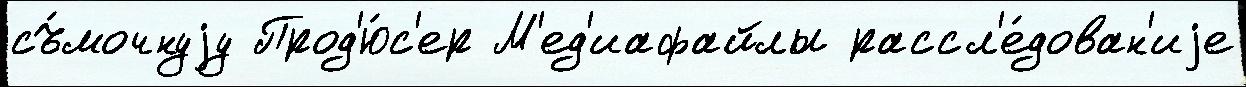
съ́мочнуjу Прод'ю́с'ер М'ед'иафайлы рассл'е́дован'иjе